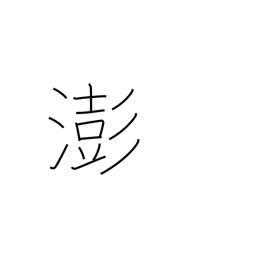
Meaning: turbulent water